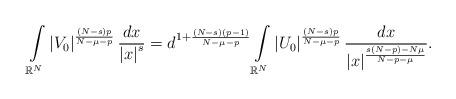
LaTeX: \begin{align*}\int\limits_{\mathbb{R}^{N}}\left\vert V_{0}\right\vert ^{\frac{\left( N-s\right) p}{N-\mu-p}}\frac{dx}{\left\vert x\right\vert ^{s}}=d^{1+\frac{\left( N-s\right) \left(p-1\right) }{N-\mu-p}}\int\limits_{\mathbb{R}^{N}}\left\vert U_{0}\right\vert ^{\frac{\left( N-s\right) p}{N-\mu-p}}\frac{dx}{\left\vert x\right\vert ^{\frac{s\left( N-p\right) -N\mu}{N-p-\mu}}}.\end{align*}